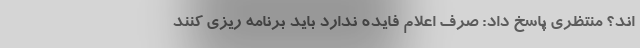
اند؟ منتظری پاسخ داد: صرف اعلام فایده ندارد باید برنامه ریزی کنند